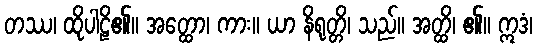
တဿ၊ ထိုပါဠိ၏။ အတ္ထော၊ ကား။ ယာ နိရုတ္တိ၊ သည်။ အတ္ထိ၊ ၏။ ဣဒံ၊